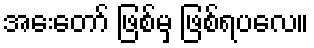
အေးတော် ဖြစ်မှ ဖြစ်ရပလေ။